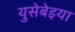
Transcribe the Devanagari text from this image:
युसेबेइया